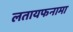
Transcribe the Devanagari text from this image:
लतायफनामा